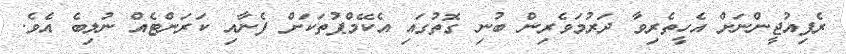
ރެފިއުޖީންނަށް އެހީތެރިވާ ދަރުމަވެރިން ބުނި ގޮތުގައި އެކޭމްޕުތަކަށް ފެނާއި ކަރަންޓެއް ނުލިބެ އެވެ.